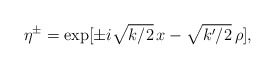
\begin{align*}\eta^\pm = \exp[\pm i\sqrt{k/2}\,x -\sqrt{k'/2}\,\rho],\end{align*}